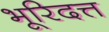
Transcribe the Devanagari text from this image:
भूरिदत्त